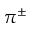
\pi ^ { \pm }